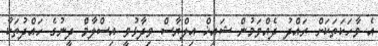
އެ ވާހަކަތަކަށް ރައްދު ދެއްވަމުން ޝައިޚް އިލްޔާސް ވިދާޅުވީ އިސްލާމް ދީނުގެ ހައްދުތަކާ